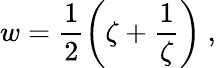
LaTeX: w=\frac 12\left(\zeta+\frac{1}{\zeta}\right)\ ,